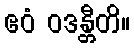
ဧဝံ ဝဒန္တီတိ။